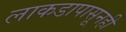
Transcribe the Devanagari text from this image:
लाकडापासूनही